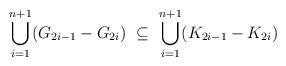
LaTeX: \begin{align*} \bigcup_{i = 1}^{n+1} (G_{2i-1}-G_{2i}) \ \subseteq\ \bigcup_{i = 1}^{n+1} (K_{2i-1} - K_{2i}) \end{align*}